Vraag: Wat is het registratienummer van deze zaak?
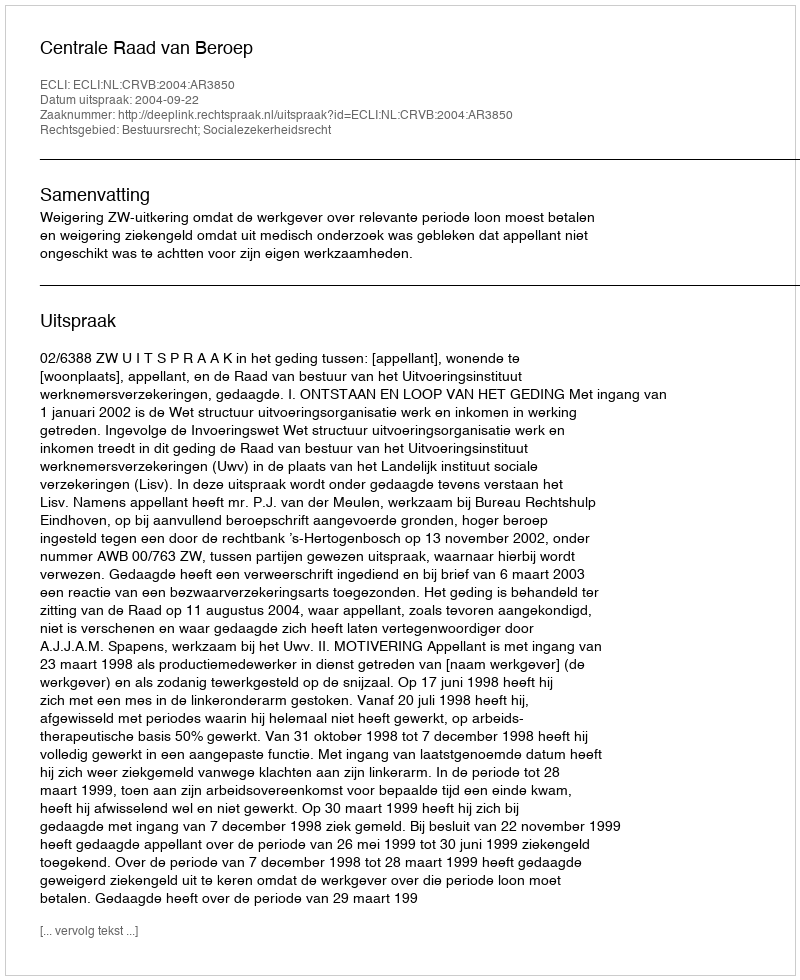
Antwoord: http://deeplink.rechtspraak.nl/uitspraak?id=ECLI:NL:CRVB:2004:AR3850